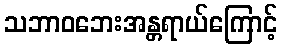
သဘာဝဘေးအန္တရာယ်ကြောင့်